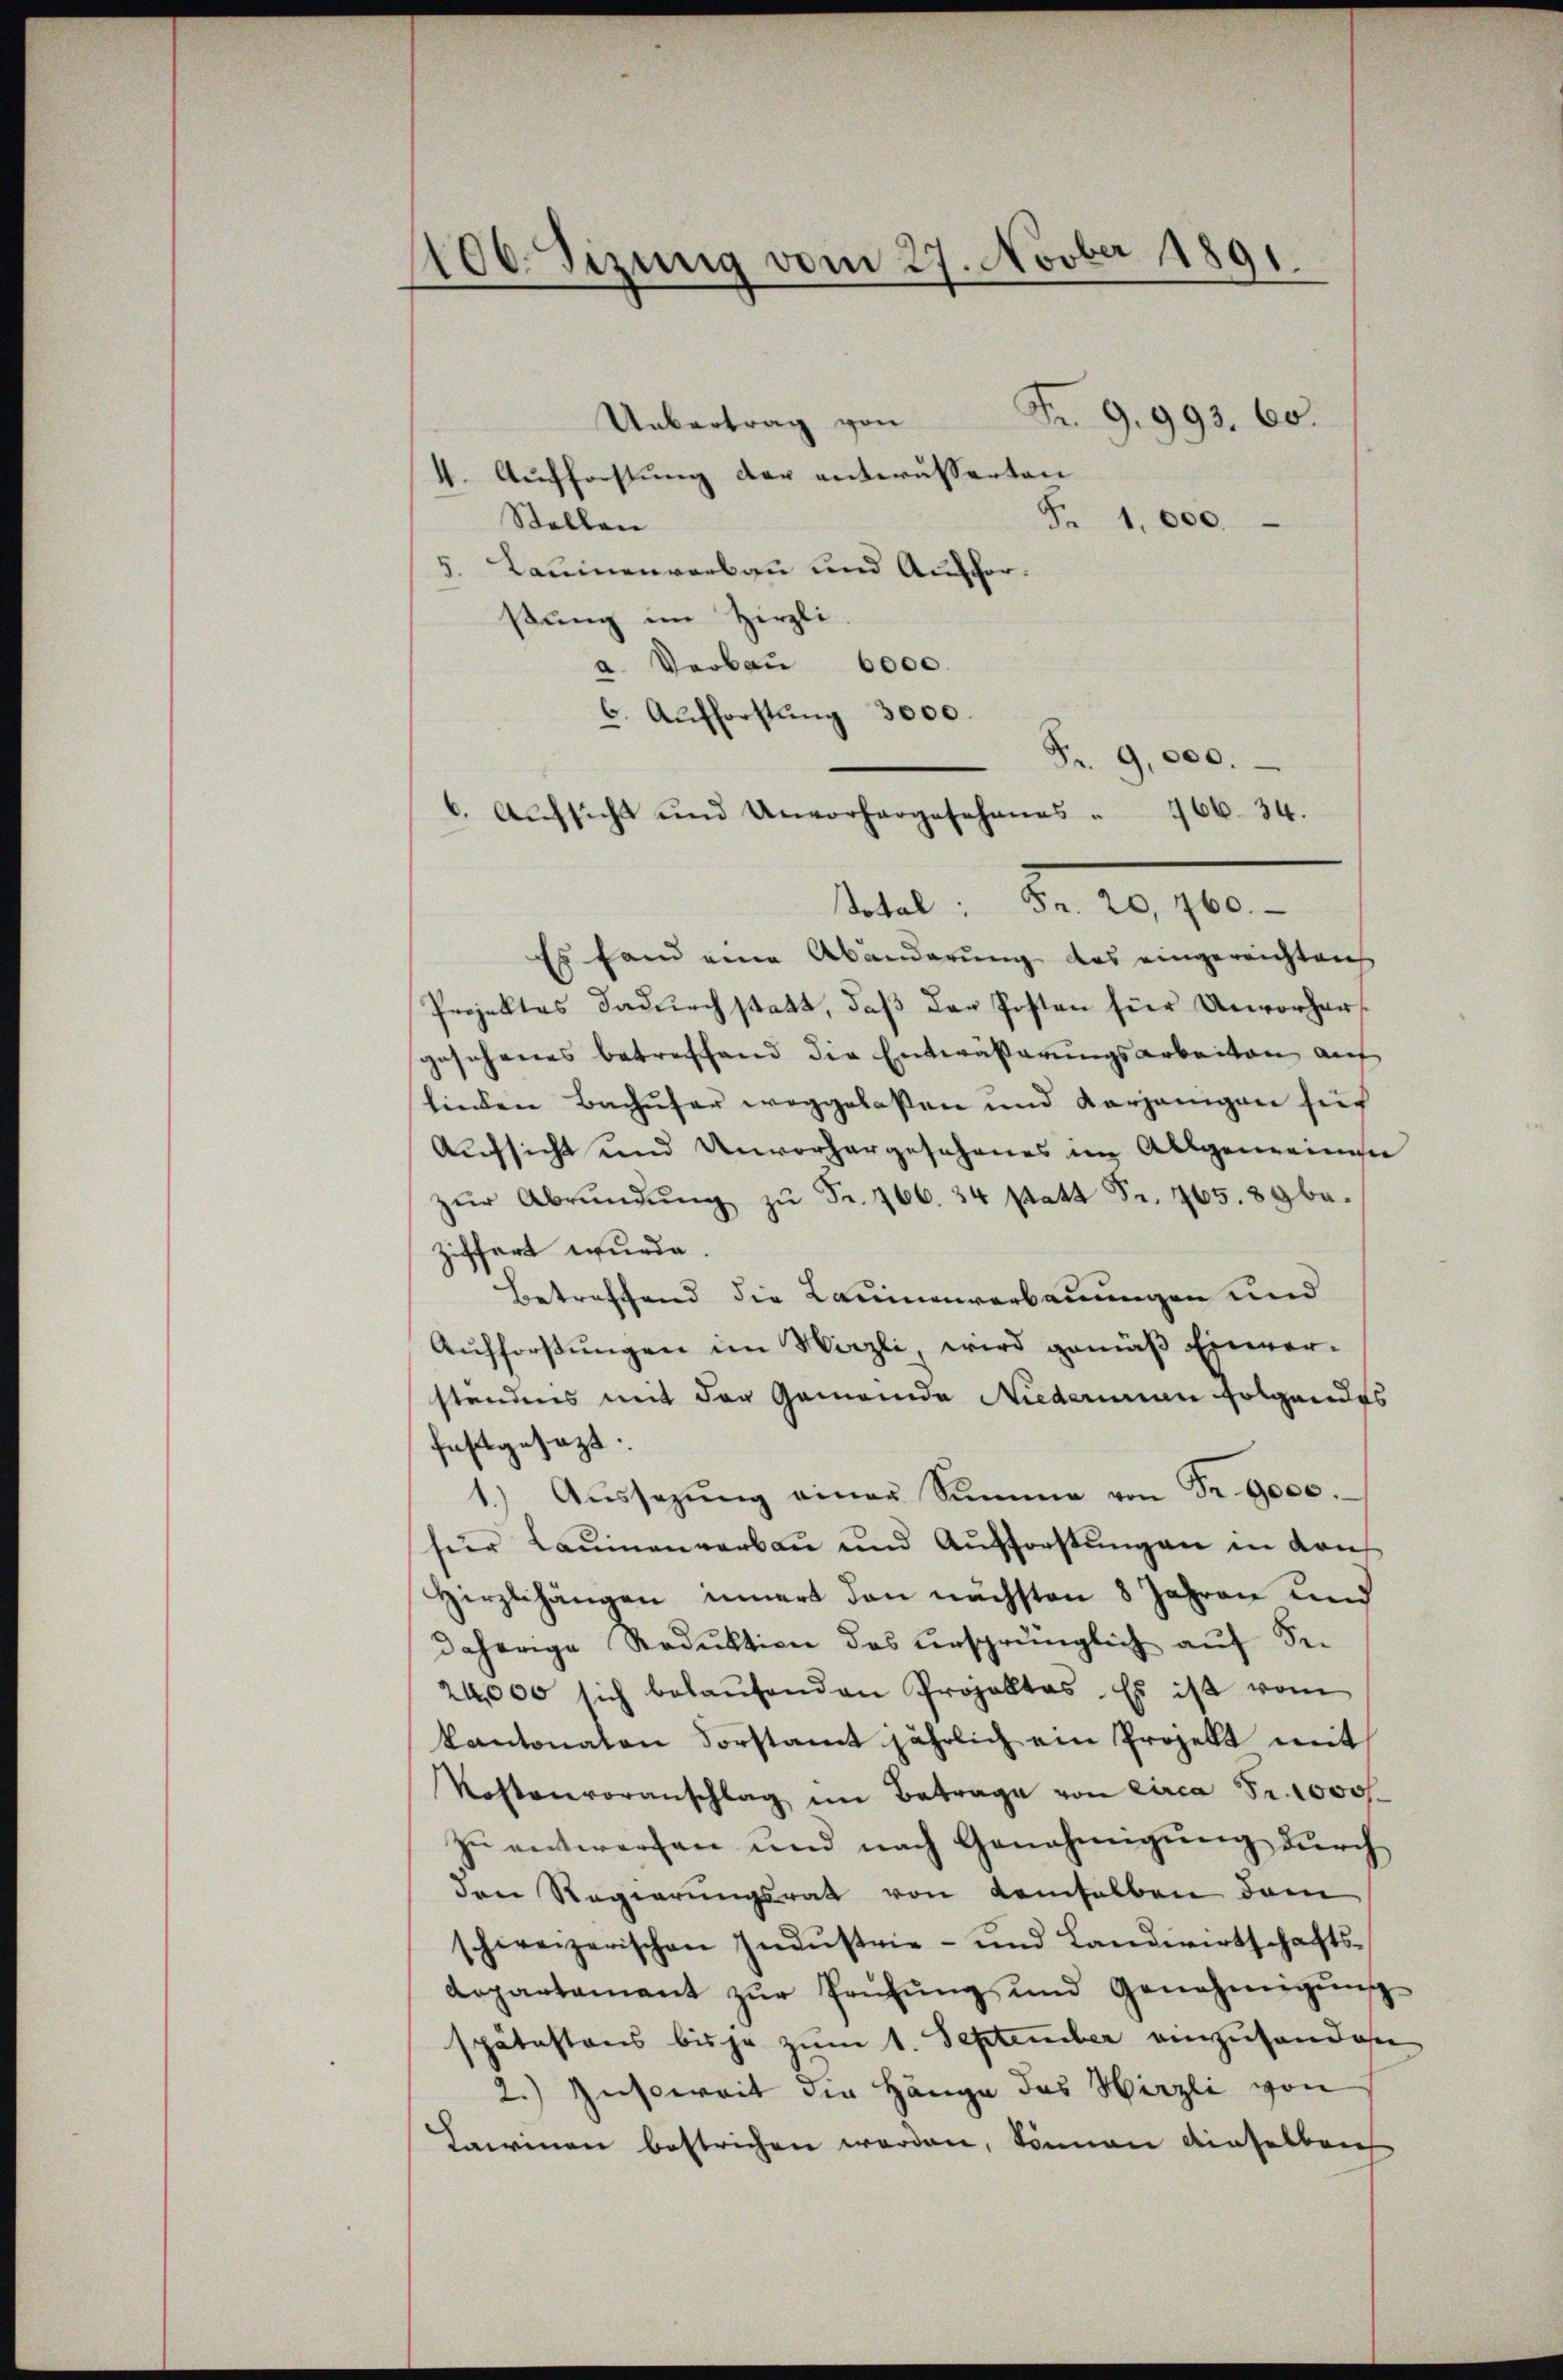
1100. Sizung vom 27. Novber 1891.

Uebertrag von
4. Aufforstung der entwässerten
Fr. 1000.
Stellen
5. Lauienverbau und Aufforßung im Hirzli
a. Verbau 6000.
6. Aufforstung 3000.
6. Aŭfsicht und Unvorhergesehenes " 166. 34.
Total: Fr. 20, 160.
Es fand eine Abänderung des eingereichtens
Projektes dadurch statt, daß der Posten für Unvorhergesehenes betreffend die Entwässerungsarbeiten auf
linden Bachufer weggelassen und derjenigen sich
Aufsicht und Unvorhergeschenes im Allgemeinen
zŭr Abrŭndŭng zŭ Fr. 266. 34 statt Fr. 765. 89 be
ziffert wurde
Betreffend die Launenverbauungen und
Aufforstungen im Wirzli wird gemäß Einverstendens mit der Gemeinde Niederinen Folgendes
festgesezt.
1. Aŭssezŭng einer Summe von Fr. 9000.
für Laŭmnenverbau und Aufforstungen in Kan
Hirzlhängen innert den nächsten 8 Jahren und
daherige Reduktion das ursprünglich auf Sei
24,000 sich belaŭfenden Projektes. Es ist vom
kantonalen Forstamt jährlich ein Projekt mit
Kostveroranschlag im Betrage von circa Froooszu entwerfen und nach Genehmigung durch
den Regierungsrat von demselben dem
schweizerischen Indŭstrie- und Landwirtschafts-
Lepartament zŭr Prüfŭng und Genehmigŭng-
spätestens bis je zum 1. September einzuhanden
2.) Zusoweit die Hänge das Herzli von
Lawinen bestrichen worden, können dieselben

Fr. 9,000.

Fr. 9. 993. 60.